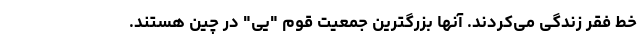
خط فقر زندگی می‌کردند. آنها بزرگترین جمعیت قوم "یی" در چین هستند.